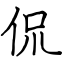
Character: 侃